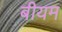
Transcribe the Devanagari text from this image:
बीयम